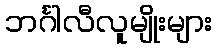
ဘင်္ဂါလီလူမျိုးများ